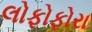
લોફોફોરા